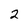
Character: 2